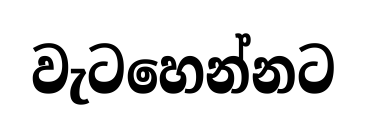
වැටහෙන්නට